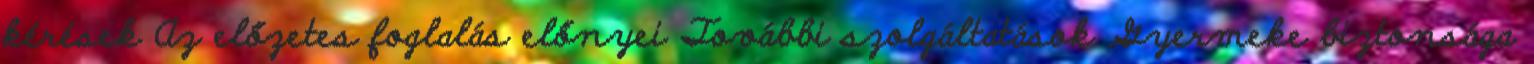
kérések Az előzetes foglalás előnyei További szolgáltatások Gyermeke biztonsága